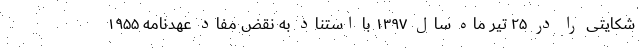
شکایتی را در ۲۵ تیر ماه سال ۱۳۹۷ با استناد به نقض مفاد عهدنامه ۱۹۵۵